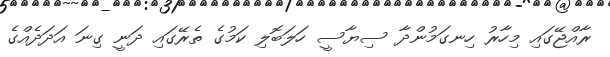
ރާއްޖޭގައި މިހާރު ހިނގަމުންދާ ސިޔާސީ ހަލަބޮލި ކަމުގެ ތެރޭގައި ދަނީ ގިނަ އަދަދެއްގެ